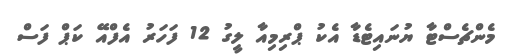
މެންޗެސްޓާ ޔުނައިޓެޑާ އެކު ޕްރިމިއާ ލީގު 12 ފަހަރު އެފްއޭ ކަޕް ފަސް